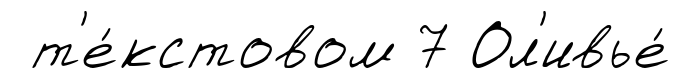
т'е́кстовом 7 Ол'ивье́